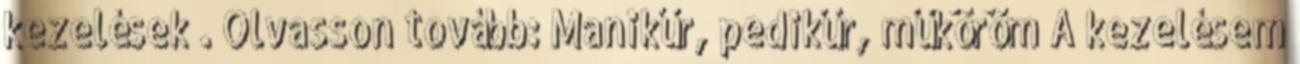
kezelések . Olvasson tovább: Manikűr, pedikűr, műköröm A kezelésem